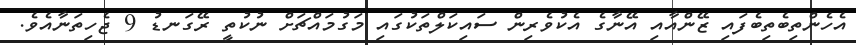
އެހެންތިބެތިބެފައި ޒޭންއާއި އޭނާގެ އެކުވެރިން ސައިކަލްތަކުގައި މަގުމައްޗަށް ނުކުތީ ރޭގަނޑު 9 ޖެހިތަނާއެވެ.